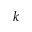
^ k